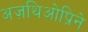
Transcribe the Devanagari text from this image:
अज़थिओप्रिने